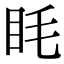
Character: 眊